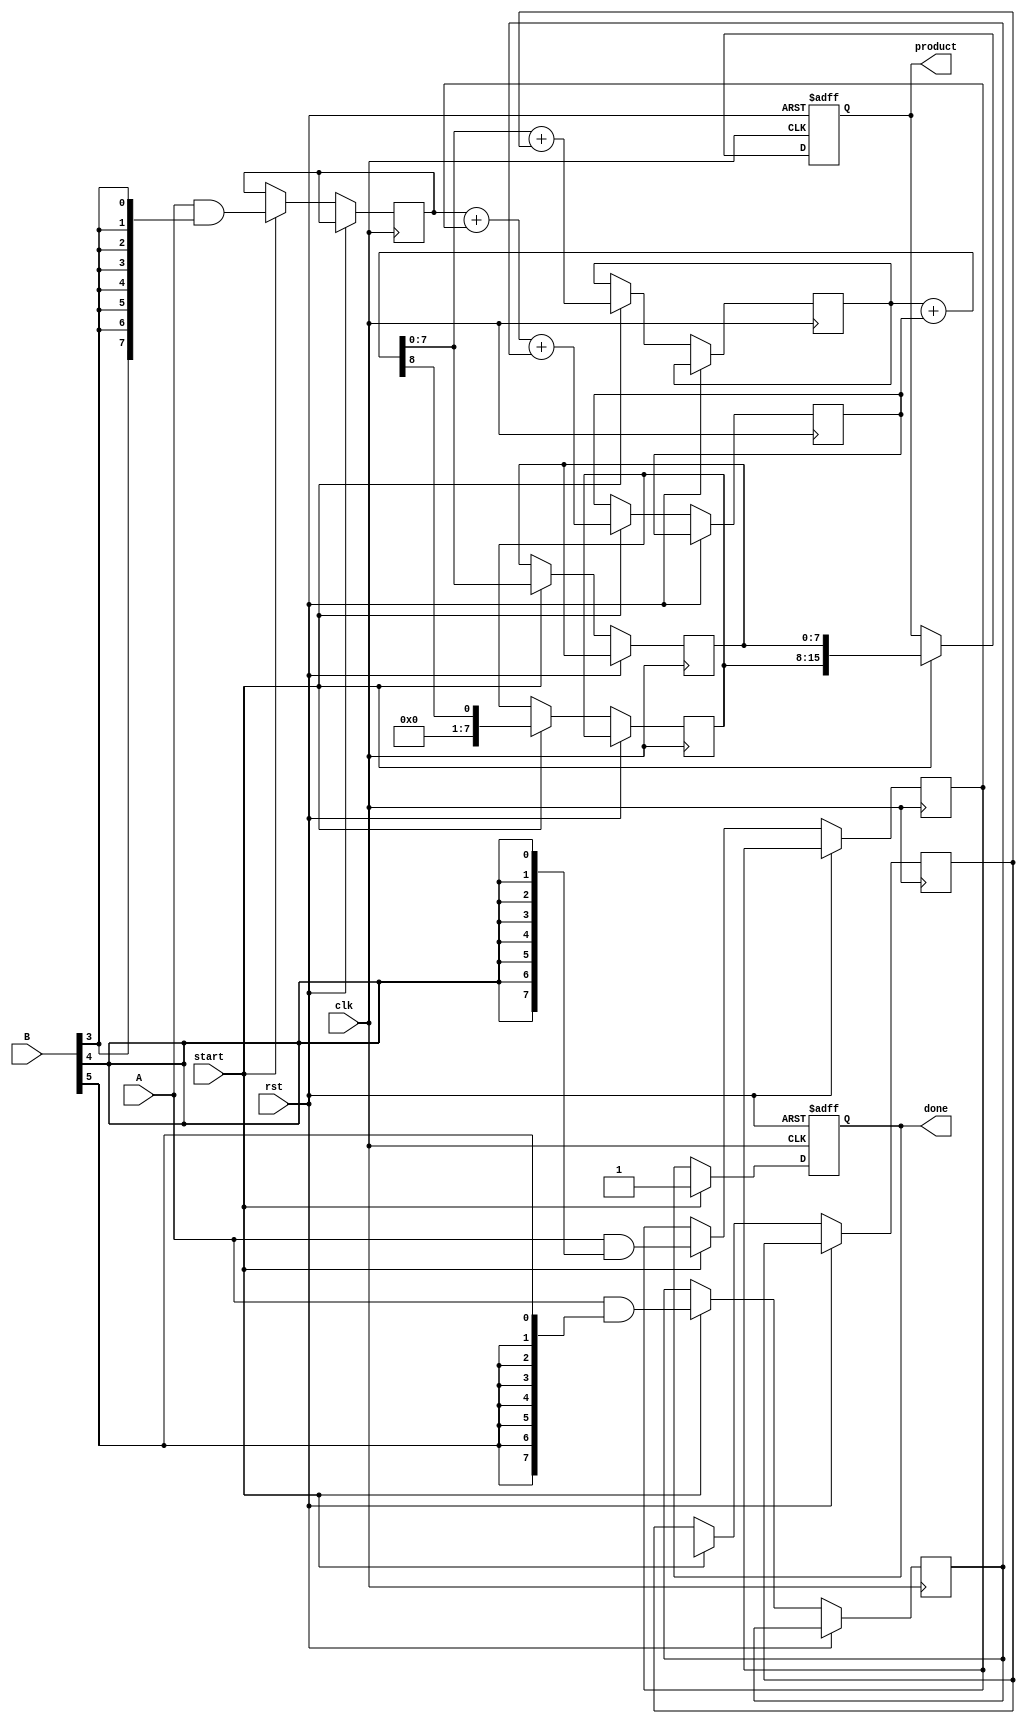
module WallaceTreeMultiplier #(parameter N = 8) (
    input  wire [N-1:0] A,        // First operand
    input  wire [N-1:0] B,        // Second operand
    input  wire start,             // Control signal to start multiplication
    input  wire clk,               // Clock signal
    input  wire rst,               // Reset signal
    output reg [2*N-1:0] product,  // Output product
    output reg done                // Multiplication done signal
);

    // Internal signals
    wire [N-1:0] partial_products[N-1:0];
    wire [N-1:0] sum[N-1:0];
    wire [N-1:0] carry[N-1:0];
    wire [N-1:0] final_sum;
    wire [N-1:0] final_carry;

    // Generate partial products
    genvar i;
    generate
        for (i = 0; i < N; i = i + 1) begin : pp_gen
            assign partial_products[i] = A & {N{B[i]}};
        end
    endgenerate

    // Wallace tree reduction using carry-save adders
    integer j, k;
    always @(posedge clk or posedge rst) begin
        if (rst) begin
            product <= 0;
            done <= 0;
        end else if (start) begin
            // Initialize the first level of sums and carries
            for (j = 0; j < N; j = j + 1) begin
                sum[j] <= partial_products[j];
                carry[j] <= 0;
            end

            // Wallace tree reduction
            for (j = 0; j < N-1; j = j + 1) begin
                for (k = 0; k < (N + 2) / 3; k = k + 1) begin
                    if (3*k < N) begin
                        {carry[k], sum[k]} <= sum[3*k] + sum[3*k+1] + sum[3*k+2];
                    end
                end
            end

            // Final addition of the last two sums
            {final_carry, final_sum} <= sum[0] + sum[1];

            // Assign the final product
            product <= {final_carry, final_sum};
            done <= 1; // Signal that multiplication is done
        end
    end
endmodule